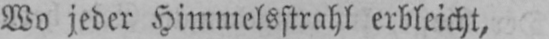
Wo jeder Himmelsstrahl erbleicht,